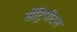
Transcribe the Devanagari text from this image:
सेंट्रिपीटल